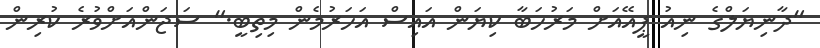
"ދާނިޔަލްގެ ނިއު ޕީއޭއަށް މަރުހަބާ ކިޔަން އައިސް އަހަރުމެން މިތިބީ." ސަޖަންއަށްވުރެ ކުރިން